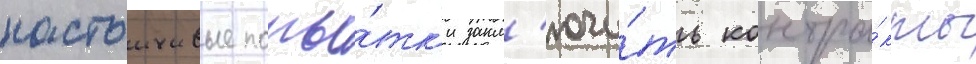
настоичивые попы́тк'и закл'ючи́ть контра́кты